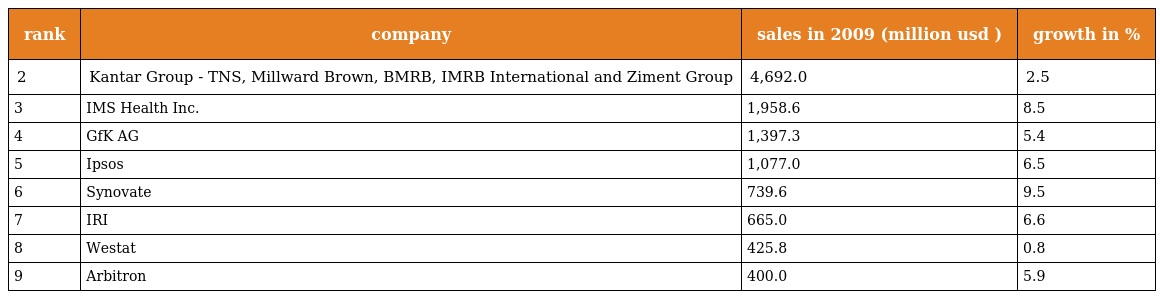
| rank | company | sales in 2009 (million usd ) | growth in % |
 | --- | --- | --- | --- |
 | 2 | Kantar Group - TNS, Millward Brown, BMRB, IMRB International and Ziment Group | 4,692.0 | 2.5 |
 | 3 | IMS Health Inc. | 1,958.6 | 8.5 |
 | 4 | GfK AG | 1,397.3 | 5.4 |
 | 5 | Ipsos | 1,077.0 | 6.5 |
 | 6 | Synovate | 739.6 | 9.5 |
 | 7 | IRI | 665.0 | 6.6 |
 | 8 | Westat | 425.8 | 0.8 |
 | 9 | Arbitron | 400.0 | 5.9 |